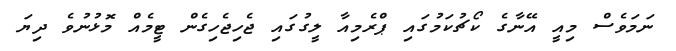
ނަމަވެސް މިއީ އޭނާގެ ކޯޗުކަމުގައި ޕްރެމިއާ ލީގުގައި ޖެހިޖެހިގެން ޓީމެއް މޮޅުނުވެ ދިޔަ